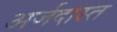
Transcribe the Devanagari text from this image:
अर्जदास्‍त